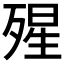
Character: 𣨾